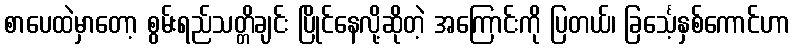
စာပေထဲမှာတော့ စွမ်းရည်သတ္တိချင်း ပြိုင်နေလို့ဆိုတဲ့ အကြောင်းကို ပြတယ်၊ ခြင်္သေ့နှစ်ကောင်ဟာ